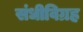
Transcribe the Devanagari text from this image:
संधीविग्रह